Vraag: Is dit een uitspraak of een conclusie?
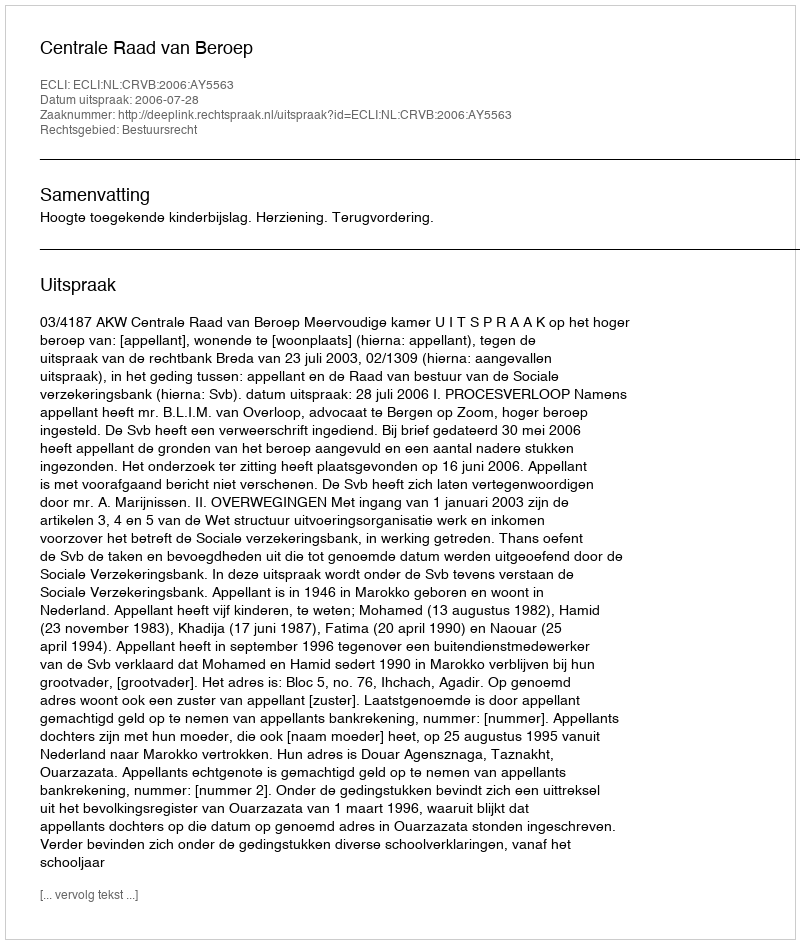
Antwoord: Uitspraak